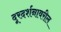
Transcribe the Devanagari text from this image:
दूरदर्शनावरील